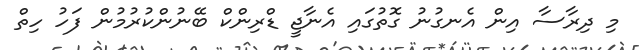
މި ދިރާސާ އިން އެނގުނު ގޮތުގައި އެނާޖީ ޑްރިންކް ބޭނުންކުރުމުން ފަހު ހިތް